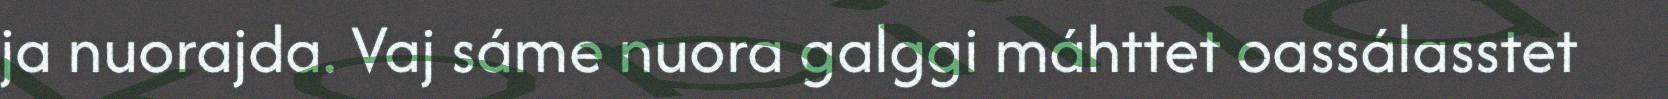
ja nuorajda. Vaj sáme nuora galggi máhttet oassálasstet